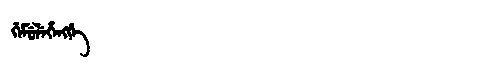
Manchu: ᡤᡝᠮᡠᠯᡝᡥᡝᠩᡤᡝ
Romanization: GEMULEHENGGE